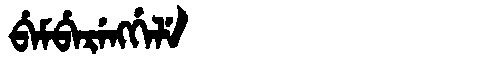
Manchu: ᠪᡝᠮᠪᡝᡵᡝᠩᡤᡝᠯᡝ
Romanization: BEMBERENGGELE